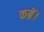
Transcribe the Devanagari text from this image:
कब्रें।